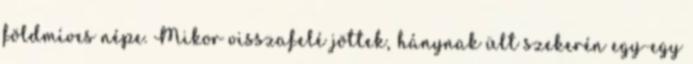
földmíves népe. Mikor visszafelé jöttek, hánynak ült szekerén egy-egy